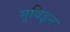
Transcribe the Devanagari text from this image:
मूविइन